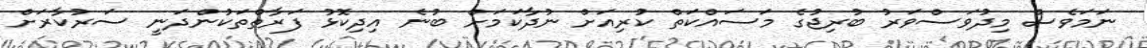
ނަމަވެސް މިދުވަސްވަރު ބުރިޖުގެ މަސައްކަތް ކުރިއަށް ނުދާކަމަށް ބުނެ އިދިކޮޅު ފަރާތްތަކުންދަނީ ސަރުކާރަށް